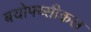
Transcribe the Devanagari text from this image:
बयोफ्य्सीकल